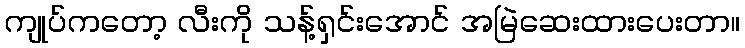
ကျုပ်ကတော့ လီးကို သန့်ရှင်းအောင် အမြဲဆေးထားပေးတာ။